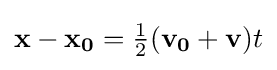
\mathbf {x-x_{0}} ={\tfrac {1}{2}}(\mathbf {v_{0}+v} )t